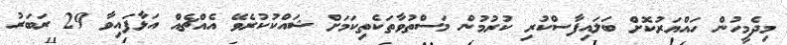
މިދެމީހުން ހައްޔަރުކޮށް ބަލައިފާސްކުރި ކުރުމުން މަސްތުވާތަކެތިކަމަށް ޝައްކުކުރެވޭ އެއްޗެއް އަޅާފައިވާ 29 ރަބަރު